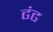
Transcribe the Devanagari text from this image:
ढंढ